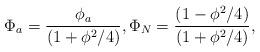
LaTeX: \begin{align*}\Phi_{a} = \frac{{ \phi_{a}}}{( 1+ \phi^{2} /4 ) } , \Phi_{N} = \frac{{( 1- \phi^{2} /4 )}}{ (1+ \phi^{2} /4 ) } ,\end{align*}